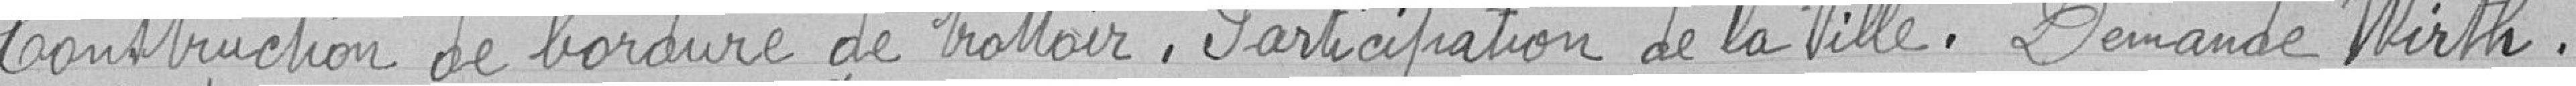
Construction de bordure de trottoir . Participation de la Ville. Demande Wirth .